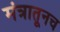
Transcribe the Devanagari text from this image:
मंत्रातूनच